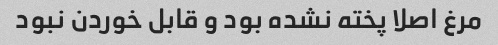
مرغ اصلا پخته نشده بود و قابل خوردن نبود